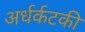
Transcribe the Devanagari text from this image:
अर्धर्कटकी